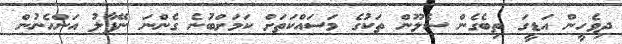
ދިވެހީން އަޑީގަ ތިބެގެން ސެލޫން ތަކުގެ މަސައްކަތަށް ކަމަށްބުނެ ގެންނަ ނޭޕާލު އަންހެނުން